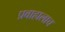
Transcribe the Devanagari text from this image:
प्रवाहालाच